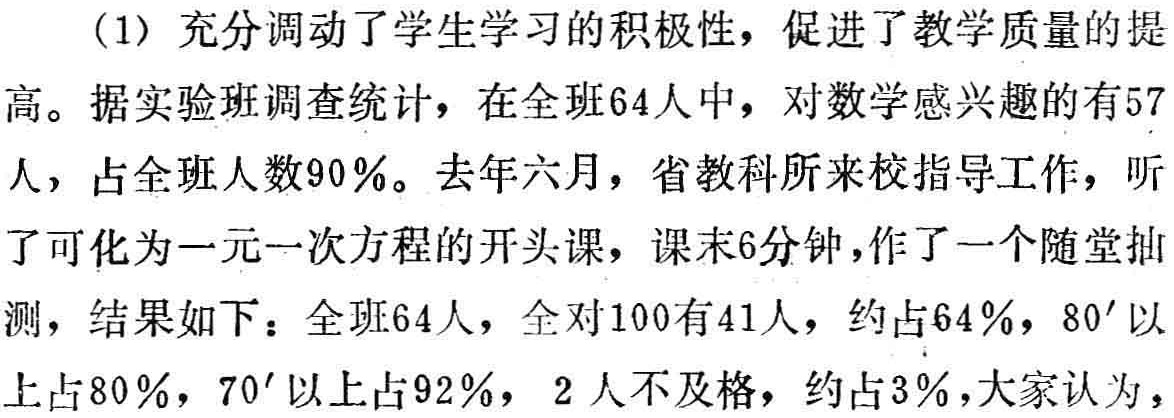
(1) 充分调动了学生学习的积极性，促进了教学质量的提高。据实验班调查统计，在全班64人中，对数学感兴趣的有57人，占全班人数90%。去年六月，省教科所来校指导工作，听了可化为一元一次方程的开头课，课末6分钟，作了一个随堂抽测，结果如下：全班64人，全对100有41人，约占64%，$80'$以上占80%，$70'$以上占92%，2人不及格，约占3%，大家认为，